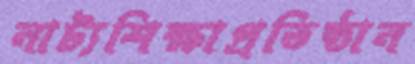
নাট্যশিক্ষাপ্রতিষ্ঠান